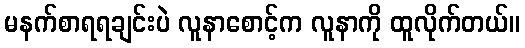
မနက်စာရရချင်းပဲ လူနာစောင့်က လူနာကို ထူလိုက်တယ်။